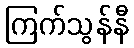
ကြက်သွန်နီ